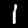
Label: 1